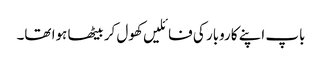
باپ اپنے کاروبار کی فائلیں کھول کر بیٹھا ہوا تھا۔